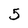
Character: 5